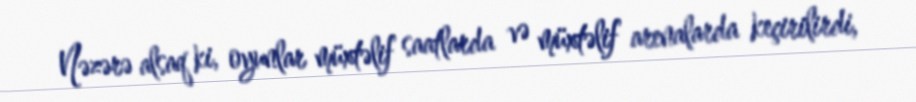
Nəzərə alsaq ki, oyunlar müxtəlif saatlarda və müxtəlif arenalarda keçirilirdi,